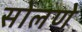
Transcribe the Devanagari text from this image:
सोलणे